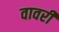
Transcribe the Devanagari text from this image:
वावरी